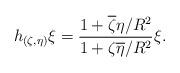
LaTeX: \begin{align*}h_{(\zeta,\eta)}\xi=\frac{1+ \overline\zeta \eta /R^2}{1+\zeta\overline\eta/R^2}\xi.\end{align*}